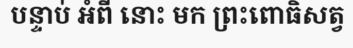
បន្ទាប់ អំពី នោះ មក ព្រះពោធិសត្វ